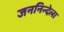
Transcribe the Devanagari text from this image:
जननिन्देला